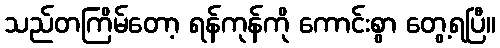
သည်တကြိမ်တော့ ရန်ကုန်ကို ကောင်းစွာ တွေ့ရပြီ။